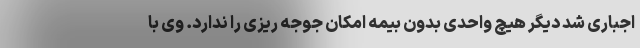
اجباری شد دیگر هیچ واحدی بدون بیمه امکان جوجه ریزی را ندارد. وی با